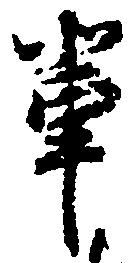
輩